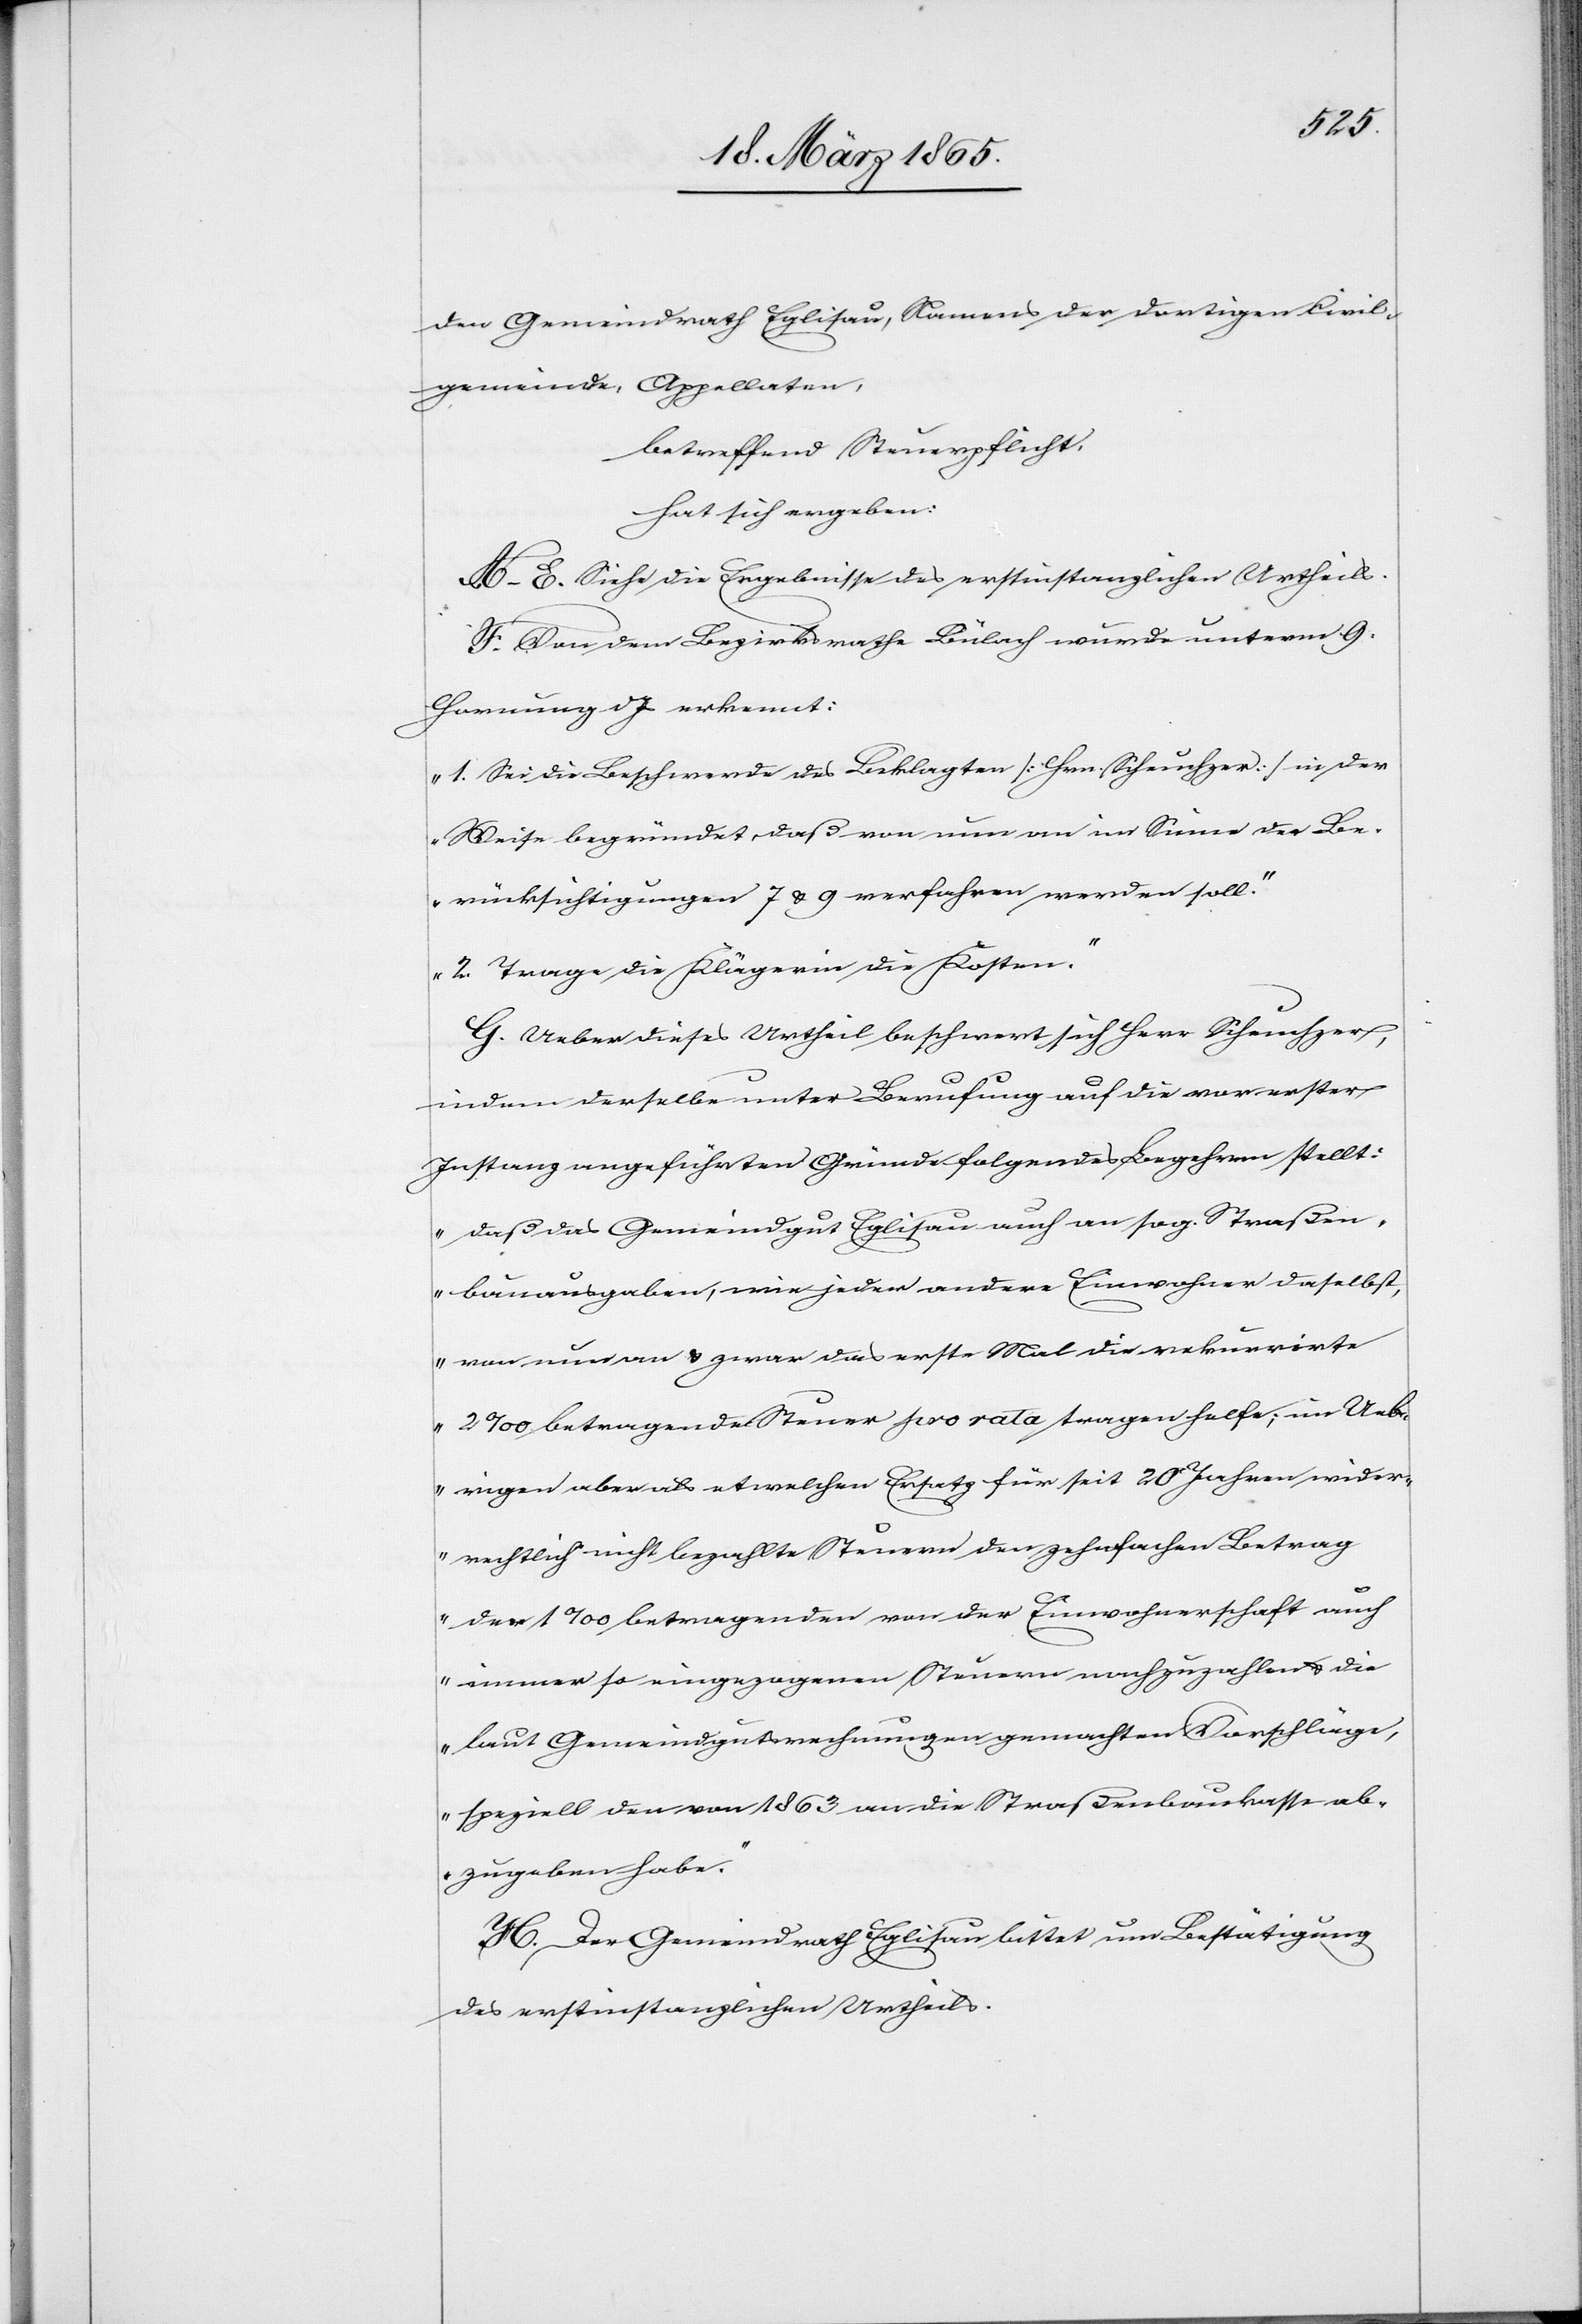
den Gemeindrath Eglisau, Namens der dortigen Civil¬
gemeinde, Appellaten,
betreffend Steuerpflicht,
hat sich ergeben:
A–E. Siehe die Ergebnisse des erstinstanzlichen Urtheils.
F. Von dem Bezirksrathe Bülach wurde unterm 9.
Hornung d Js erkennt:
„1. Sei die Beschwerde des Beklagten [Hrn. Scheuchzer] in der
Weise begründet, daß von nun an im Sinne der Be¬
rücksichtigungen 7 & 9 verfahren werden soll.“
„2. Trage die Klägerin die Kosten.“
G. Ueber dieses Urtheil beschwert sich Herr Scheuchzer,
indem derselbe unter Berufung auf die vor erster
Instanz angeführten Gründe folgendes Begehren stellt:
„Daß das Gemeindgut Eglisau auch an sog. Straßen¬
bauausgaben, wie jeder andere Einwohner daselbst,
von nun an & zwar das erste Mal die rekurrirte
2 ‰ betragende Steuer pro rata tragen helfe; im Ueb¬
rigen aber als etwelchen Ersatz für seit 20 Jahren wider¬
rechtlich nicht bezahlte Steuern den zehnfachen Betrag
der 1 ‰ betragenden von der Einwohnerschaft auch
immer so eingezogenen Steuern nachzuzahlen & die
laut Gemeindgutsrechnungen gemachten Vorschläge,
speziell den von 1863 an die Straßenbaukasse ab¬
zugeben habe.“
H. Der Gemeindrath Eglisau bittet um Bestätigung
des erstinstanzlichen Urtheils.